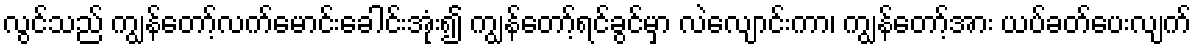
လွင်သည် ကျွန်တော့်လက်မောင်းခေါင်းအုံး၍ ကျွန်တော့်ရင်ခွင်မှာ လဲလျောင်းကာ၊ ကျွန်တော့်အား ယပ်ခတ်ပေးလျက်